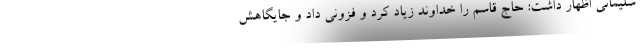
سلیمانی اظهار داشت: حاج قاسم را خداوند زیاد کرد و فزونی داد و جایگاهش